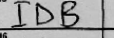
Transcription: IDB